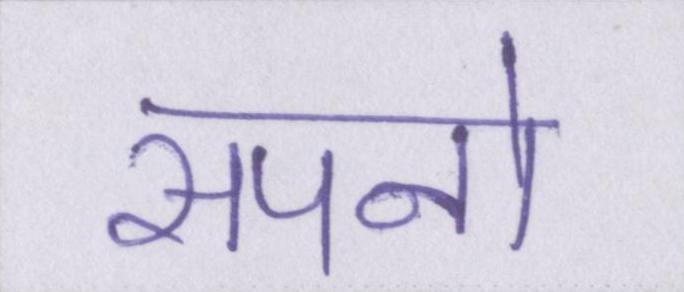
सपनो